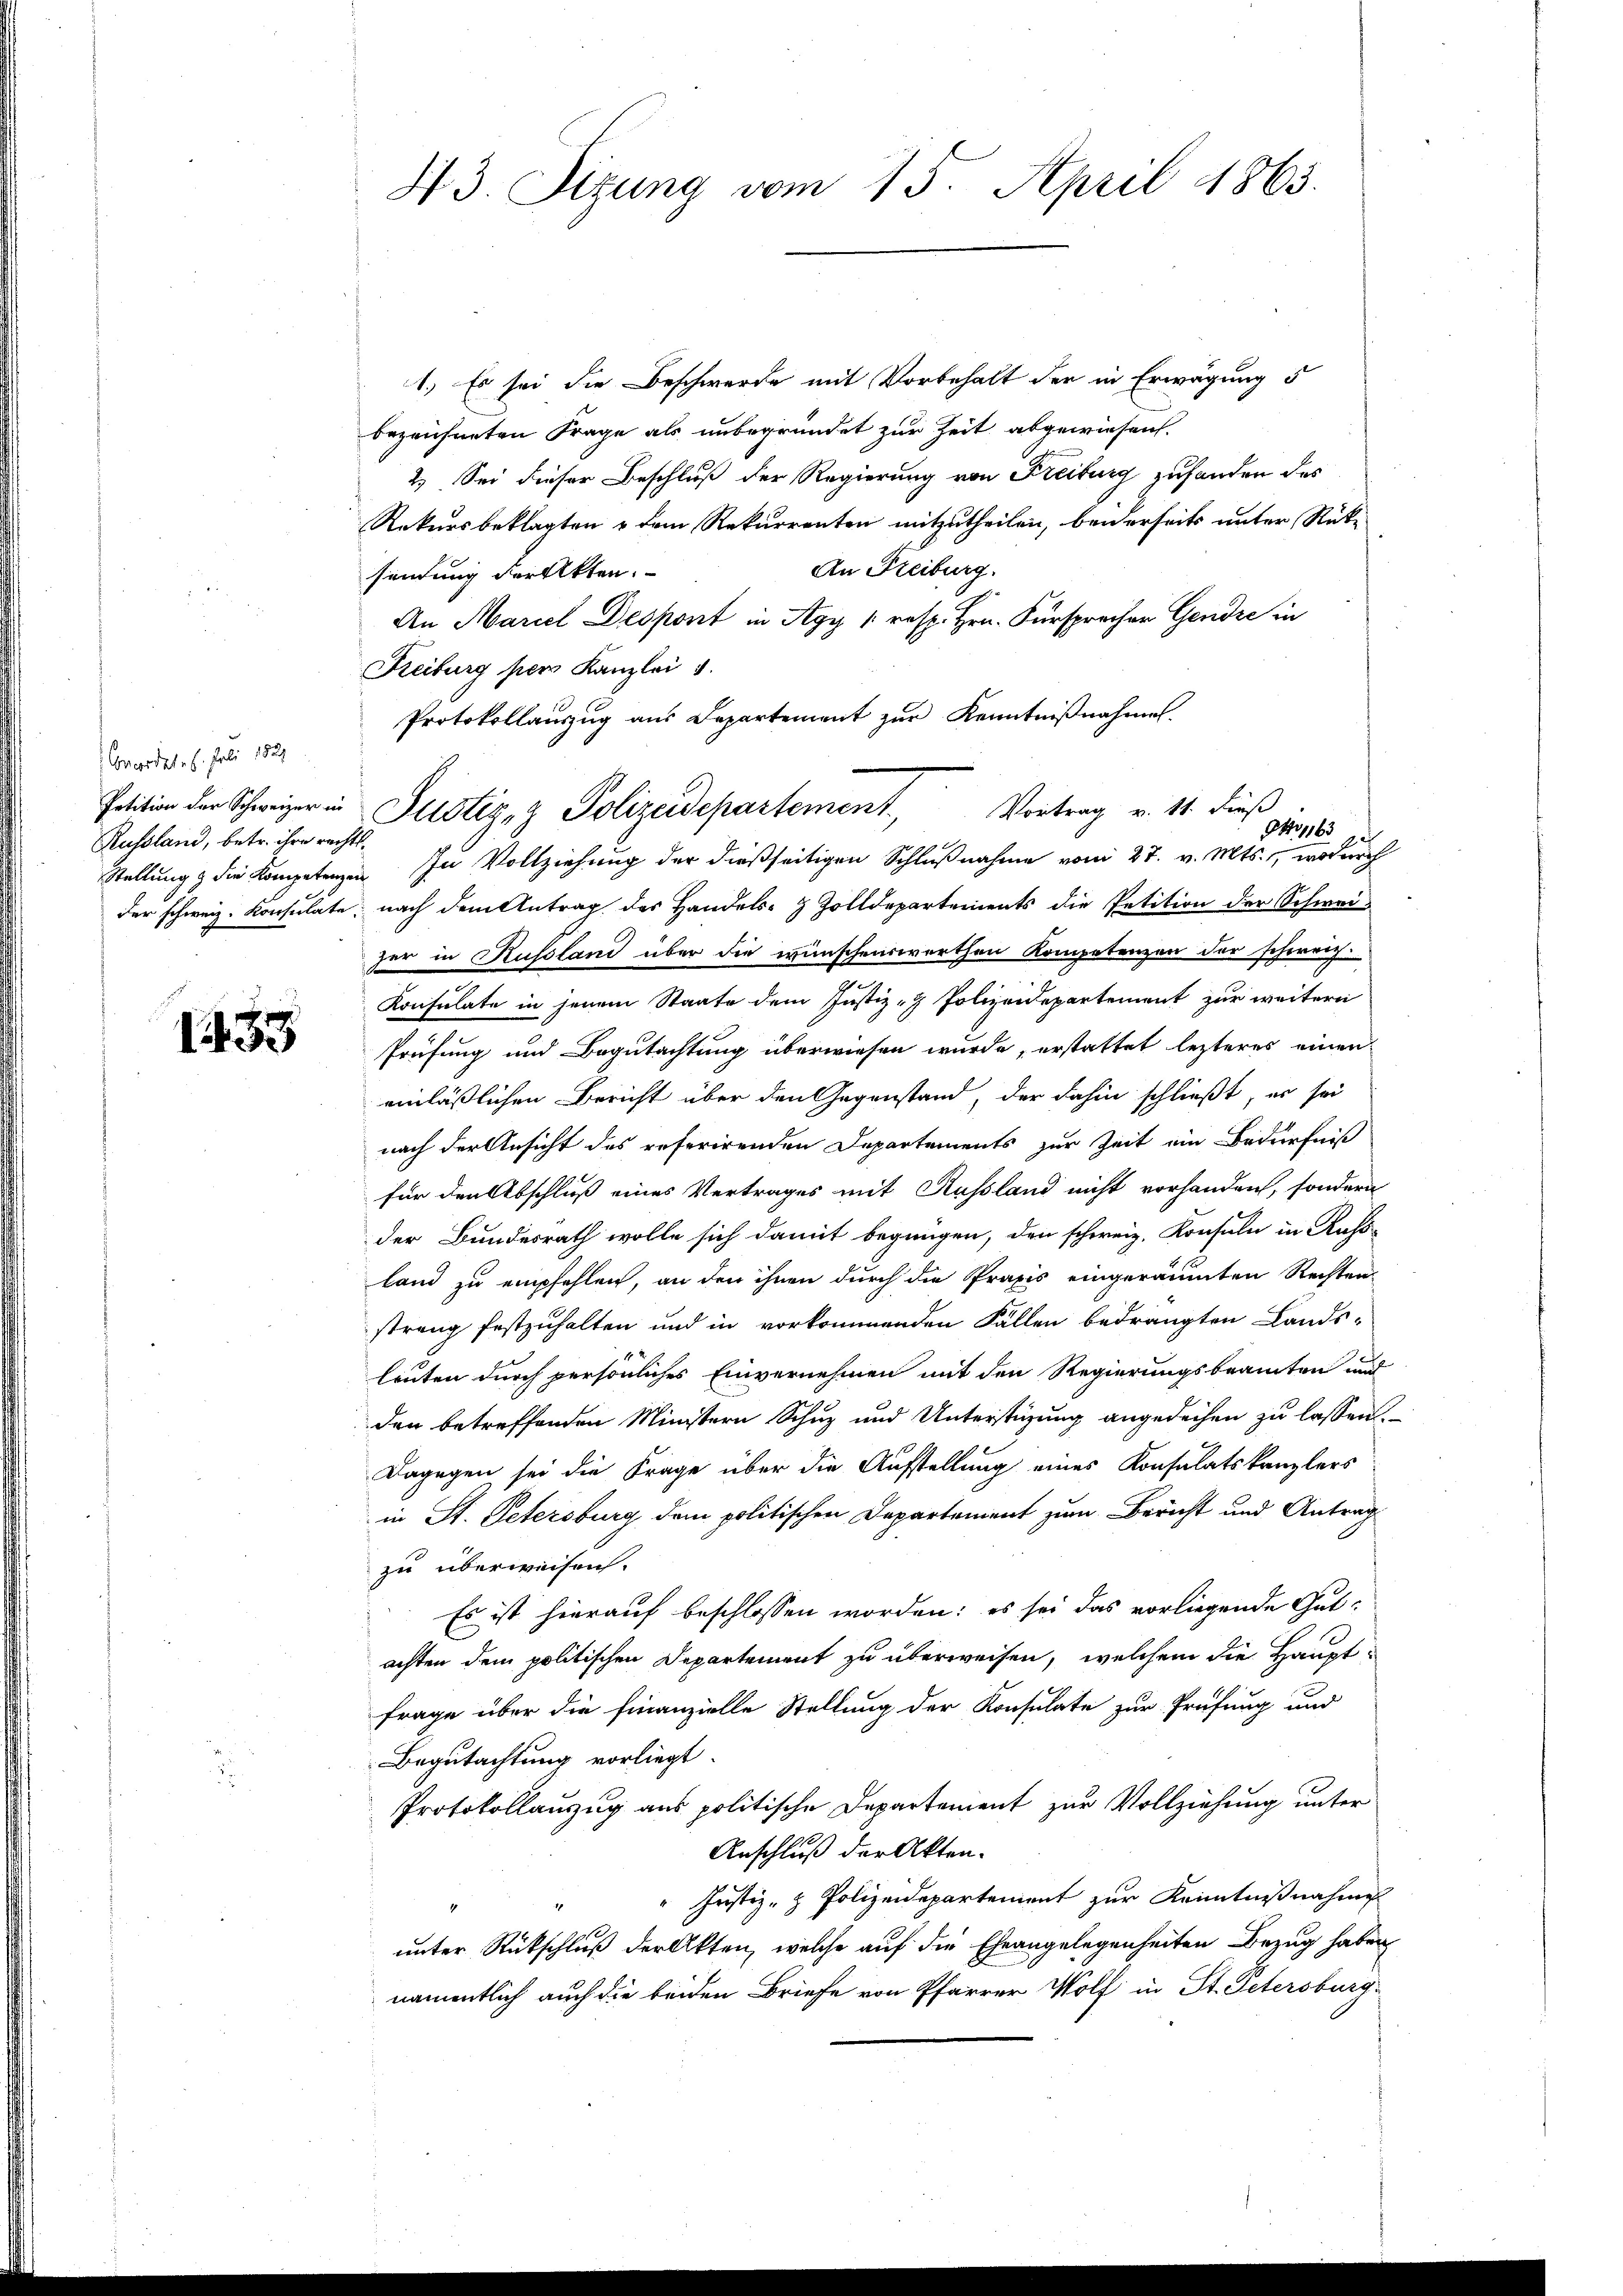
Concordat. 6. Juli 1891
Petition der Schweizer in
Russland, betr. ihre rechts¬

1435

43. Sizung vom 15. April 1863.

1.) Es sei die Beschwerde mit Vorbehalt der in Erwägung 5
bezeichneten Frage als unbegründet zur Zeit abgewiesen.
2.) Sei dieser Beschluß der Regierung von Freiburg zufanden des
Rekursbeklagten & dem Rekurrenten mitzutheilen, beiderseits unter Rück¬
An Freiburg.
sindung der Akten.
An Mariel Despont in Agy (resp. Hrn. Fürsprecher Gendre in
Freiburg pers Kanzlei
Protokollaŭszŭg aŭs Departement zŭr Kenntniβnahme.
ONo 1163
Stellung & die Kompetenzen In Vollziehung der dießseitigen Schlußnahme vom 27. v. Mts., wodurch
der schweiz. Konsulate, nach dem Antrag des Handels- & Zolldepartements die Petition der Schwei-
zer in Russland über die wünschenswerthen Kompetenzen der schweiz.
Konsulate in jenem Staate dem Justiz - Polizeidepartement zur weitere
Prüfung und Begutachtung überwiesen wurde, erstattet lezteres einen
einläßlichen Bericht über den Gegenstand, der dahin schließt, er sei
nach der Ansicht des referirenden Departements zur Zeit ein Bedürfniß
für den Abschluß eines Vertrages mit Russland nicht vorhanden, sondern
der Bundesrath wolle sich damit begnügen, den schweiz. Konsuln in Russ
land zu empfehlen, an den ihnen durch die Praxis eingeräumten Rechten
strang festzuhalten und in vorkommenden Fällen bedrängten Lands-
leuten durch persönliches Einvernehmen mit den Regierungsbeamten und
den betreffenden Ministern Schuz und Unterstüzung angedeihen zu lassen.
Dagegen sei die Frage über die Aufstellung eines Konsulatskanzlers
in St. Petersburg dem politischen Departement zum Bericht und Antrag
zu überweisen.
Es ist hierauf beschlossen worden: es sei das vorliegende Gutachten dem politischen Departement zu überweisen, welchem die Hauptfrage über die finanzielle Stellung der Konsulate zur Prüfung und
Begutachtung vorliegt.
Protokollauzug aus politische Departement zur Vollziehung unter
Anschluß der Akten.
Justiz- & Polizeidepartement zur Kenntnißnahme
unter Rückschluß der Akten, welche auf die Eheangelegenheiten Bezug haben
namentlich auch die beiden Briefe von Pfarrer Wolf in St. Petersburg-

Justiz- & Polizeidepartement. Vortrag v. 11. dieβ